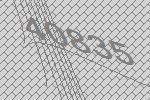
40835